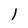
Character: l